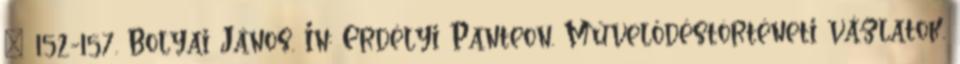
– 152-157. Bolyai János. In: Erdélyi Panteon. Művelődéstörténeti vázlatok.